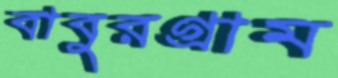
বাবুরগ্রাম